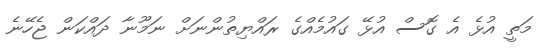
މަތީ އުޅެ އެ ގޮސް އުޅޭ ގައުމެއްގެ ރައްޔިތުންނަށް ނަމޫނާ ދައްކަން ޖެހޭނެ